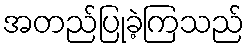
အတည်ပြုခဲ့ကြသည်